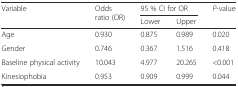
| <ROWSPAN=2> Variable | <ROWSPAN=2> Odds ratio (OR) | <COLSPAN=2> 95 % CI for OR | P-value |
 | Lower | Upper |  |
 | --- | --- | --- | --- | --- |
 | Age | 0.930 | 0.875 | 0.989 | 0.020 |
 | Gender | 0.746 | 0.367 | 1.516 | 0.418 |
 | Baseline physical activity | 10.043 | 4.977 | 20.265 | <0.001 |
 | Kinesiophobia | 0.953 | 0.909 | 0.999 | 0.044 |